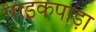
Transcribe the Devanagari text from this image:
पाइकपाड़ा